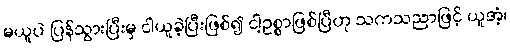
မယူပဲ ပြန်သွားပြီးမှ ငါယူခဲ့ပြီးဖြစ်၍ ငါ့ဥစ္စာဖြစ်ပြီဟု သကသညာဖြင့် ယူအံ့၊